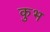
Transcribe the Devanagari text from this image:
कुभ